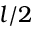
l / 2